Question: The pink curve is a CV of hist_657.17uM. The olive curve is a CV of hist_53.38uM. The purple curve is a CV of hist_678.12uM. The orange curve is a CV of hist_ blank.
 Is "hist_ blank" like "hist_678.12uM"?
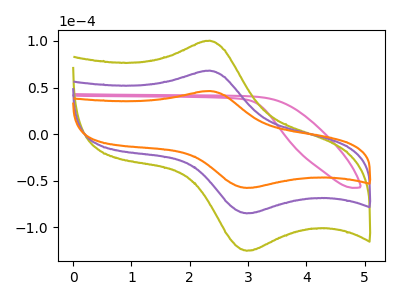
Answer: <think>The pink curve "hist_657.17uM" has no peaks. The olive curve "hist_53.38uM" has an anodic peak at (2.35V, 136.30uA) and a cathodic peak at (2.95V, -170.25uA). The purple curve "hist_678.12uM" has an anodic peak at (2.35V, 68.15uA) and a cathodic peak at (2.95V, -85.10uA). The orange curve "hist_ blank" has an anodic peak at (2.35V, 46.30uA) and a cathodic peak at (2.95V, -57.80uA).
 All the peaks in "hist_ blank" have a peak in "hist_678.12uM" at the same potential. Every peak in "hist_ blank" is lower than every peak in "hist_678.12uM".</think>
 <answer>"hist_ blank" and "hist_678.12uM" are similar in shape.</answer>
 <eval>same_shape</eval>